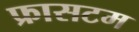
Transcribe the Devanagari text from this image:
फ्रासटम